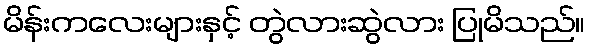
မိန်းကလေးများနှင့် တွဲလားဆွဲလား ပြုမိသည်။